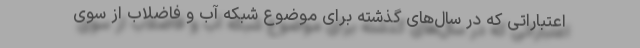
اعتباراتی که در سال‌های گذشته برای موضوع شبکه آب و فاضلاب از سوی